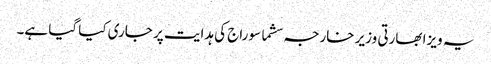
یہ ویزا بھارتی وزیر خارجہ سشما سوراج کی ہدایت پر جاری کیا گیا ہے۔